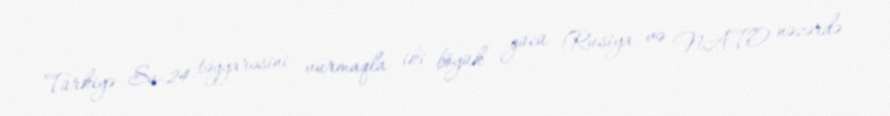
Türkiyə Su-24 təyyarəsini vurmaqla iki böyük gücü (Rusiya və NATO nəzərdə